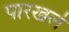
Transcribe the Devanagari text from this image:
पारखले